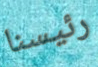
رئيسنا